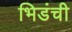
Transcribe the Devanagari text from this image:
भिडंची